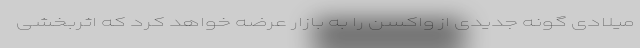
میلادی گونه جدیدی از واکسن را به بازار عرضه خواهد کرد که اثربخشی